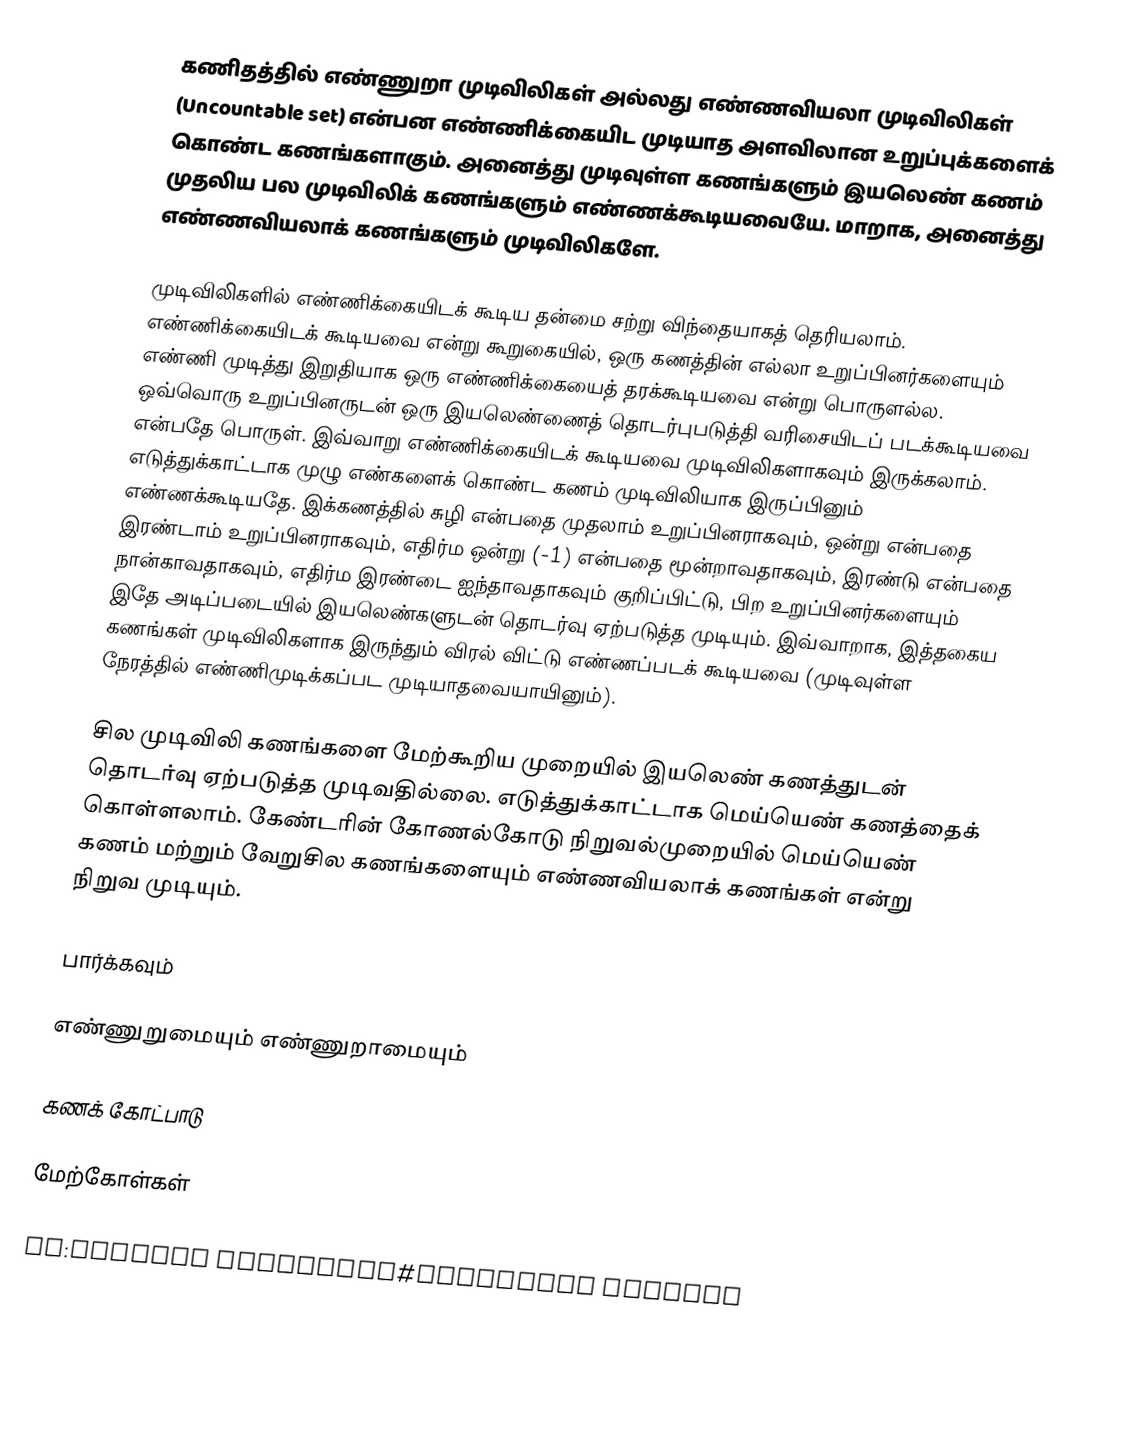
கணிதத்தில் எண்ணுறா முடிவிலிகள் அல்லது எண்ணவியலா முடிவிலிகள் (Uncountable set) என்பன எண்ணிக்கையிட முடியாத அளவிலான உறுப்புக்களைக் கொண்ட கணங்களாகும். அனைத்து முடிவுள்ள கணங்களும் இயலெண் கணம் முதலிய பல முடிவிலிக் கணங்களும் எண்ணக்கூடியவையே. மாறாக, அனைத்து எண்ணவியலாக் கணங்களும் முடிவிலிகளே.

முடிவிலிகளில் எண்ணிக்கையிடக் கூடிய தன்மை சற்று விந்தையாகத் தெரியலாம். எண்ணிக்கையிடக் கூடியவை என்று கூறுகையில், ஒரு கணத்தின் எல்லா உறுப்பினர்களையும் எண்ணி முடித்து இறுதியாக ஒரு எண்ணிக்கையைத் தரக்கூடியவை என்று பொருளல்ல. ஒவ்வொரு உறுப்பினருடன் ஒரு இயலெண்ணைத் தொடர்புபடுத்தி வரிசையிடப் படக்கூடியவை என்பதே பொருள். இவ்வாறு எண்ணிக்கையிடக் கூடியவை முடிவிலிகளாகவும் இருக்கலாம். எடுத்துக்காட்டாக முழு எண்களைக் கொண்ட கணம் முடிவிலியாக இருப்பினும் எண்ணக்கூடியதே. இக்கணத்தில் சுழி என்பதை முதலாம் உறுப்பினராகவும், ஒன்று என்பதை இரண்டாம் உறுப்பினராகவும், எதிர்ம ஒன்று (-1) என்பதை மூன்றாவதாகவும், இரண்டு என்பதை நான்காவதாகவும், எதிர்ம இரண்டை ஐந்தாவதாகவும் குறிப்பிட்டு, பிற உறுப்பினர்களையும் இதே அடிப்படையில் இயலெண்களுடன் தொடர்வு ஏற்படுத்த முடியும். இவ்வாறாக, இத்தகைய கணங்கள் முடிவிலிகளாக இருந்தும் விரல் விட்டு எண்ணப்படக் கூடியவை (முடிவுள்ள நேரத்தில் எண்ணிமுடிக்கப்பட முடியாதவையாயினும்).

சில முடிவிலி கணங்களை மேற்கூறிய முறையில் இயலெண் கணத்துடன் தொடர்வு ஏற்படுத்த முடிவதில்லை. எடுத்துக்காட்டாக மெய்யெண் கணத்தைக் கொள்ளலாம். கேண்டரின் கோணல்கோடு நிறுவல்முறையில் மெய்யெண் கணம் மற்றும் வேறுசில கணங்களையும் எண்ணவியலாக் கணங்கள் என்று நிறுவ முடியும்.

பார்க்கவும்

எண்ணுறுமையும் எண்ணுறாமையும்

கணக் கோட்பாடு

மேற்கோள்கள்

ru:Счётное множество#Связанные понятия